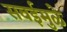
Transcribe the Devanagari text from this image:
सवईमुळे